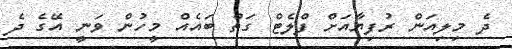
ދެ މިލިއަން ރުފިޔާއަށް ފްލެޓް ގަތް ބައެއް މީހުން ވަނީ އޭގެ ދެ